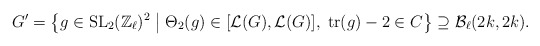
\begin{align*}G' = \left\{ g \in \operatorname{SL}_2(\mathbb{Z}_\ell)^2 \bigm\vert \Theta_2(g) \in [\mathcal{L}(G),\mathcal{L}(G)], \; \operatorname{tr}(g) - 2 \in C \right\} \supseteq \mathcal{B}_\ell(2k,2k).\end{align*}